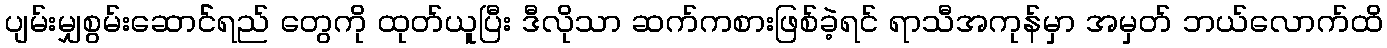
ပျမ်းမျှစွမ်းဆောင််ရည် တွေကို ထုတ်ယူပြီး ဒီလိုသာ ဆက်ကစားဖြစ်ခဲ့ရင် ရာသီအကုန်မှာ အမှတ် ဘယ်လောက်ထိ